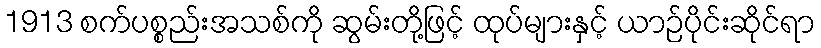
1913 စက်ပစ္စည်းအသစ်ကို ဆွမ်းတို့ဖြင့် ထုပ်များနှင့် ယာဉ်ပိုင်းဆိုင်ရာ